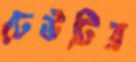
ঢেউটির